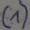
Text: (1)